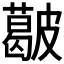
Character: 𥀥